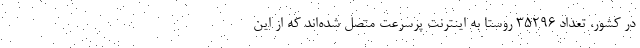
در کشور، تعداد 35296 روستا به اینترنت پرسرعت متصل شده‌اند که از این